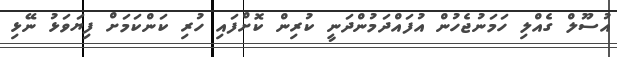
އުސޫލް ގެއްލި ހަމަނުޖެހުން އުފައްދަމުންދަނީ ކުރިން ކޮށްފައި ހުރި ކަންކަމަށް ފިޔަވަޅު ނޭޅި